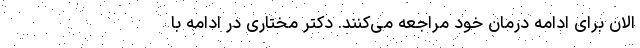
الان برای ادامه درمان خود مراجعه می‌کنند. دکتر مختاری در ادامه با